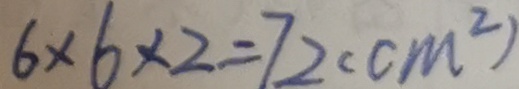
6 \times 6 \times 2 = 7 2 ( c m ^ { 2 } )